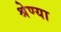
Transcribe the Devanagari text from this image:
श्रेण्या